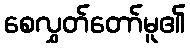
စေလွှတ်တော်မူ၏